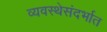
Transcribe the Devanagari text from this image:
व्यवस्थेसंदर्भात